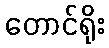
တောင်ရိုး